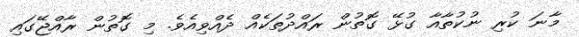
މާނަ ކުރި ނުކުތާއާ ގުޅޭ ގޮތުން ރައްދުތަކެއް ދެއްވިއެވެ. މި ގޮތުން ރާއްޖޭގައި